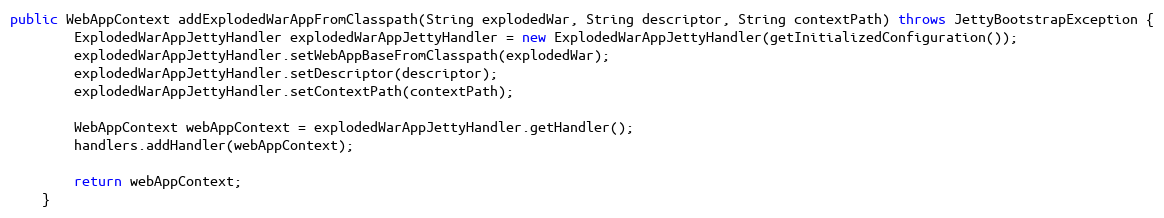
Language: Java
public WebAppContext addExplodedWarAppFromClasspath(String explodedWar, String descriptor, String contextPath) throws JettyBootstrapException {
        ExplodedWarAppJettyHandler explodedWarAppJettyHandler = new ExplodedWarAppJettyHandler(getInitializedConfiguration());
        explodedWarAppJettyHandler.setWebAppBaseFromClasspath(explodedWar);
        explodedWarAppJettyHandler.setDescriptor(descriptor);
        explodedWarAppJettyHandler.setContextPath(contextPath);

        WebAppContext webAppContext = explodedWarAppJettyHandler.getHandler();
        handlers.addHandler(webAppContext);

        return webAppContext;
    }